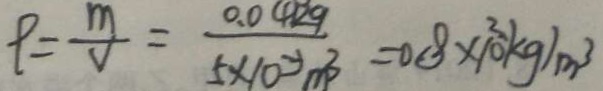
\rho = \frac { m } { V } = \frac { 0 . 0 4 k g } { 5 \times 1 0 ^ { - 3 } m ^ { 3 } } = 0 . 8 \times 1 0 ^ { 3 } k g / m ^ { 3 }